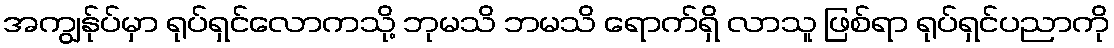
အကျွန်ုပ်မှာ ရုပ်ရှင်လောကသို့ ဘုမသိ ဘမသိ ရောက်ရှိ လာသူ ဖြစ်ရာ ရုပ်ရှင်ပညာကို